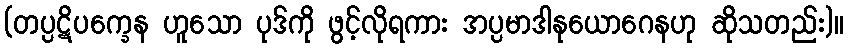
(တပ္ပဋိပက္ခေန ဟူသော ပုဒ်ကို ဖွင့်လိုရကား အပ္ပမာဒါနုယောဂေနဟု ဆိုသတည်း)။